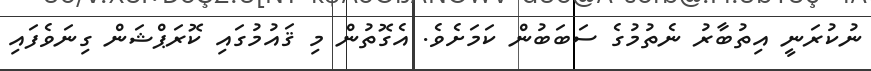
ނުކުރަނީ އިތުބާރު ނެތުމުގެ ސަބަބުން ކަމަށެވެ. އެގޮތުން މި ޤައުމުގައި ކޮރަޕްޝަން ގިނަވެފައި